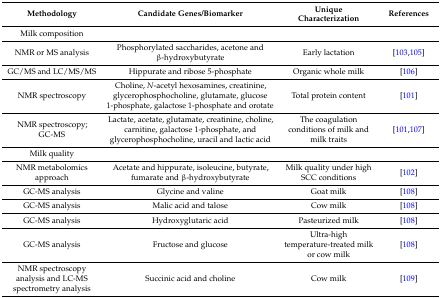
| Methodology | Candidate Genes/Biomarker | Unique Characterization | References |
 | --- | --- | --- | --- |
 | Milk composition |  |  |  |
 | NMR or MS analysis | Phosphorylated saccharides, acetone and β-hydroxybutyrate | Early lactation | [103,105] |
 | GC/MS and LC/MS/MS | Hippurate and ribose 5-phosphate | Organic whole milk | [106] |
 | NMR spectroscopy | Choline, N-acetyl hexosamines, creatinine, glycerophosphocholine, glutamate, glucose 1-phosphate, galactose 1-phosphate and orotate | Total protein content | [101] |
 | NMR spectroscopy; GC-MS | Lactate, acetate, glutamate, creatinine, choline, carnitine, galactose 1-phosphate, and glycerophosphocholine, uracil and lactic acid | The coagulation conditions of milk and milk traits | [101,107] |
 | Milk quality |  |  |  |
 | NMR metabolomics approach | Acetate and hippurate, isoleucine, butyrate, fumarate and β-hydroxybutyrate | Milk quality under high SCC conditions | [102] |
 | GC-MS analysis | Glycine and valine | Goat milk | [108] |
 | GC-MS analysis | Malic acid and talose | Cow milk | [108] |
 | GC-MS analysis | Hydroxyglutaric acid | Pasteurized milk | [108] |
 | GC-MS analysis | Fructose and glucose | Ultra-high temperature-treated milk or cow milk | [108] |
 | NMR spectroscopy analysis and LC-MS spectrometry analysis | Succinic acid and choline | Cow milk | [109] |